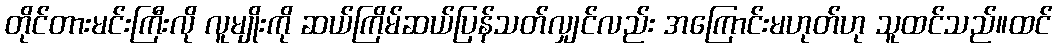
တိုင်တားမင်းကြီးလို လူမျိုးကို ဆယ်ကြိမ်ဆယ်ပြန်သတ်လျှင်လည်း အကြောင်းမဟုတ်ဟု သူထင်သည်။ထင်